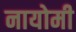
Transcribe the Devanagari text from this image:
नायोमी